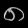
Digit: ၈